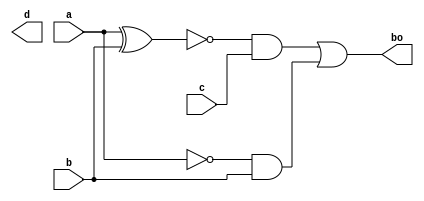
//20L152-SUMITHA R A
module fullsub(
    input a,b,c,
    output d,bo
    );
wire x[5:0];	 
xor x1(x[0],a,b);
not n1(x[1],a);
and a1(x[2],x[1],b);
xor x2(x[3],x[0],c);
not n2(x[4],x[0]);
and a2(x[5],x[4],c);
or o1(bo,x[5],x[2]);
endmodule